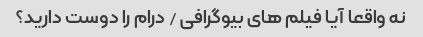
نه واقعا آیا فیلم های بیوگرافی / درام را دوست دارید؟